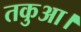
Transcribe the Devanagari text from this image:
तकुआ।